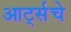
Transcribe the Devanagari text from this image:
आर्ट्सचे